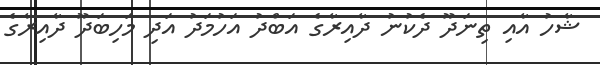
ޝާހު އާއި ތިނަދޫ ދެކުނު ދާއިރާގެ އަބްދު އަހުމަދު އަދި މަހިބަދޫ ދާއިރާގެ